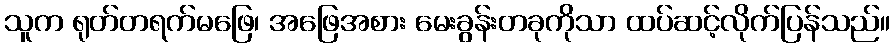
သူက ရုတ်တရက်မဖြေ၊ အဖြေအစား မေးခွန်းတခုကိုသာ ထပ်ဆင့်လိုက်ပြန်သည်။